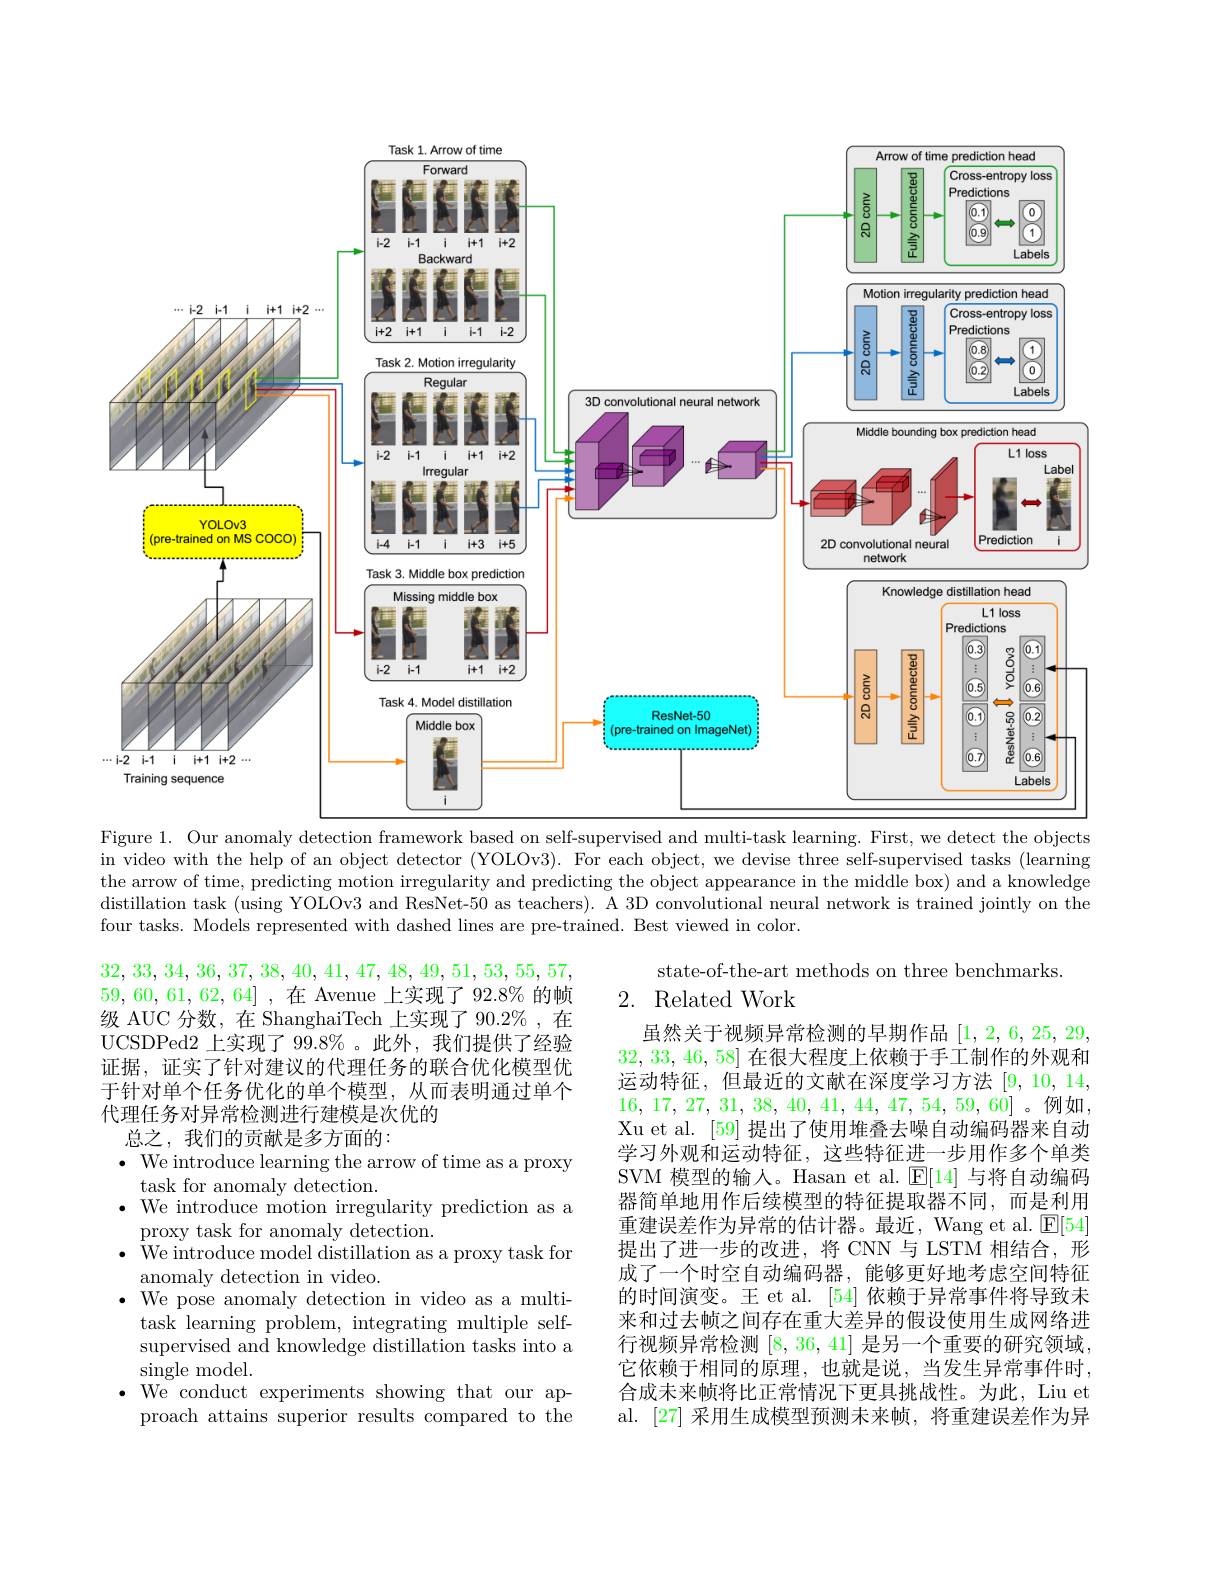
<FigureHere>
$\cdots1-2$
Figure 1. Our anomaly detection framework based on self-supervised and multi-task learning. First, we detect the objects

in video with the help of an object detector (YOLOv3). For each object, we devise three self-supervised tasks (learning the arrow of time, predicting motion irregularity and predicting the object appearance in the middle box) and a knowledge distillation task (using YOLOv3 and ResNet-50 as teachers). A 3D convolutional neural network is trained jointly on the four tasks. Models represented with dashed lines are pre-trained. Best viewed in color.

state-of-the-art methods on three benchmarks.
2. Related Work

32, 33, 34, 36, 37, 38, 40, 41, 47, 48, 49, 51, 53, 55, 57, 59,60,61,62,64] ,在 Avenue 上实现了 92.8% 的帧级 AUC 分数，在 ShanghaiTech 上实现了 90.2%,在UCSDPed2 上实现了 99.8% 。此外，我们提供了经验证据，证实了针对建议的代理任务的联合优化模型优于针对单个任务优化的单个模型，从而表明通过单个代理任务对异常检测进行建模是次优的
总之，我们的贡献是多方面的：
$\bullet$ We introduce learning the arrow of time as a proxy
task for anomaly detection.
$\bullet$ We introduce motion irregularity prediction as a
proxy task for anomaly detection.
$\cdot$ We introduce model distillation as a proxy task for
anomaly detection in video.
$\bullet$ We pose anomaly detection in video as a multi-
task learning problem, integrating multiple selfsupervised and knowledge distillation tasks into a ${\mathrm{single~model.}}$
$\cdot$ We conduct experiments showing that our ap-
proach attains superior results compared to the

虽然关于视频异常检测的早期作品[1,2,6,25,29, 32, 33, 46, 58]在很大程度上依赖于手工制作的外观和运动特征，但最近的文献在深度学习方法[9,10,14, 16, 17, 27, 31, 38, 40, 41, 44, 47, 54, 59, 60]。例如， Xu et al. [59] 提出了使用堆叠去噪自动编码器来自动学习外观和运动特征，这些特征进一步用作多个单类SVM 模型的输人。Hasan et al. $\mathbb{E}[14]$与将自动编码器简单地用作后续模型的特征提取器不同，而是利用重建误差作为异常的估计器。最近，Wang et al. $\operatorname{E}[54]$ 提出了进一步的改进，将 CNN 与 LSTM 相结合，形成了一个时空自动编码器，能够更好地考虑空间特征的时间演变。王 et al. [54] 依赖于异常事件将导致未来和过去帧之间存在重大差异的假设使用生成网络进行视频异常检测[8,36,41]是另一个重要的研究领域它依赖于相同的原理，也就是说，当发生异常事件时， 合成未来帧将比正常情况下更具挑战性。为此，Liu et al. [27] 采用生成模型预测未来帧，将重建误差作为异